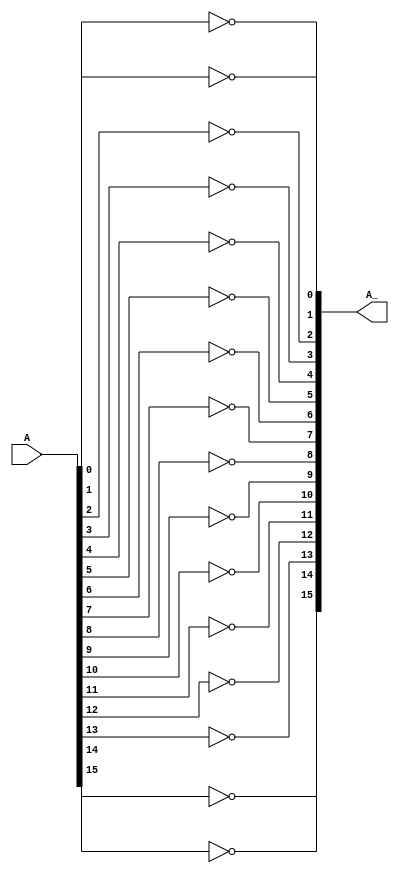
`timescale 1ns / 1ps
//////////////////////////////////////////////////////////////////////////////////
// Company: 
// Engineer: 
// 
// Design Name: 
// Module Name:    negt 
// Project Name: 
// Target Devices: 
// Tool versions: 
// Description: 
//
// Dependencies: 
//
// Revision: 
// Revision 0.01 - File Created
// Additional Comments: 
//
//////////////////////////////////////////////////////////////////////////////////
module negt(
    input [15:0] A,
    output [15:0] A_
    );
xor x1(A_[0],A[0],1'b1);
xor x2(A_[1],A[1],1'b1);
xor x3(A_[2],A[2],1'b1);
xor x4(A_[3],A[3],1'b1);
xor x5(A_[4],A[4],1'b1);
xor x6(A_[5],A[5],1'b1);
xor x7(A_[6],A[6],1'b1);
xor x8(A_[7],A[7],1'b1);
xor x9(A_[8],A[8],1'b1);
xor x10(A_[9],A[9],1'b1);
xor x11(A_[10],A[10],1'b1);
xor x12(A_[11],A[11],1'b1);
xor x13(A_[12],A[12],1'b1);
xor x14(A_[13],A[13],1'b1);
xor x15(A_[14],A[14],1'b1);
xor x16(A_[15],A[15],1'b1);

endmodule